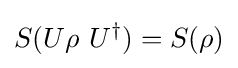
S(U\rho ~U^{\dagger })=S(\rho )